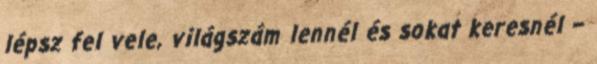
lépsz fel vele, világszám lennél és sokat keresnél –